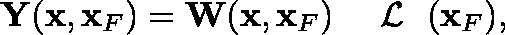
\begin{array} { r } { { \bf Y } ( { \bf x } , { \bf x } _ { F } ) = { \bf W } ( { \bf x } , { \bf x } _ { F } ) { { { { \mathrm { ~ \boldmath ~ { ~ \cal ~ L ~ } ~ } } } } } ( { \bf x } _ { F } ) , } \end{array}